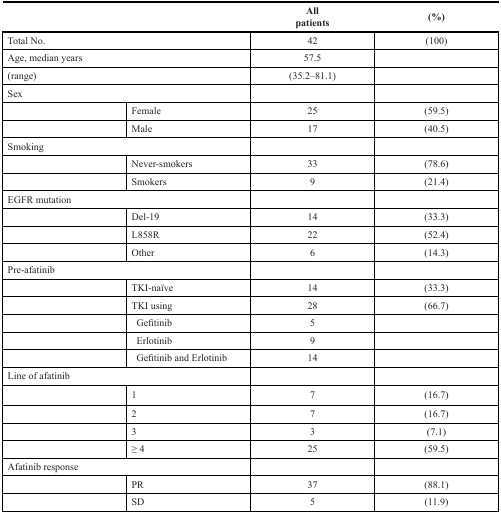
|  |  | All patients | (%) |
 | --- | --- | --- | --- |
 | <COLSPAN=2> Total No. | 42 | (100) |
 | <COLSPAN=2> Age, median years | 57.5 |  |
 | <COLSPAN=2> (range) | (35.2–81.1) |  |
 | <COLSPAN=2> Sex |  |  |
 |  | Female | 25 | (59.5) |
 |  | Male | 17 | (40.5) |
 | <COLSPAN=2> Smoking |  |  |
 |  | Never-smokers | 33 | (78.6) |
 |  | Smokers | 9 | (21.4) |
 | <COLSPAN=2> EGFR mutation |  |  |
 |  | Del-19 | 14 | (33.3) |
 |  | L858R | 22 | (52.4) |
 |  | Other | 6 | (14.3) |
 | <COLSPAN=2> Pre-afatinib |  |  |
 |  | TKI-naïve | 14 | (33.3) |
 |  | TKI using | 28 | (66.7) |
 |  | Gefitinib | 5 |  |
 |  | Erlotinib | 9 |  |
 |  | Gefitinib and Erlotinib | 14 |  |
 | <COLSPAN=2> Line of afatinib |  |  |
 |  | 1 | 7 | (16.7) |
 |  | 2 | 7 | (16.7) |
 |  | 3 | 3 | (7.1) |
 |  | ≥ 4 | 25 | (59.5) |
 | <COLSPAN=2> Afatinib response |  |  |
 |  | PR | 37 | (88.1) |
 |  | SD | 5 | (11.9) |